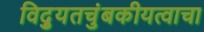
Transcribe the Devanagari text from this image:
विद्युतचुंबकीयत्वाचा